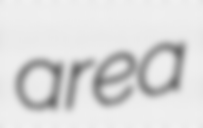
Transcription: area